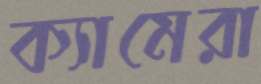
ক্যামেরা